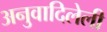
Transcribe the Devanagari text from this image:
अनुवादिलेली